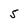
Character: 5